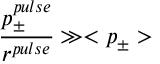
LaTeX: \frac { p _ { \pm } ^ { p u l s e } } { r ^ { p u l s e } } \gg < p _ { \pm } >